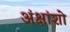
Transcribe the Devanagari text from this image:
अंक्षांशो